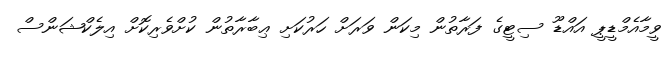
ވީމާއެމްޑީޕީ އައްޑޫ ސިޓީގެ ފަރާތުން މިކަން ވަރަށް ހަރުކަށި ޢިބާރާތުން ކުށްވެރިކޮށް އިލެކްޝަންސް